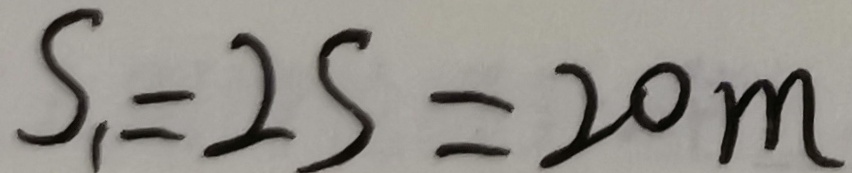
S _ { 1 } = 2 S = 2 0 m